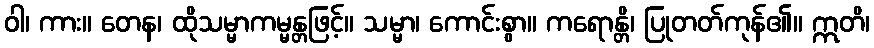
ဝါ၊ ကား။ တေန၊ ထိုသမ္မာကမ္မန္တဖြင့်။ သမ္မာ၊ ကောင်းစွာ။ ကရောန္တိ၊ ပြုတတ်ကုန်၏။ ဣတိ၊